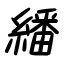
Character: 繙